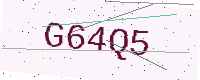
Text: G64Q5